Civil Veterinary Dept. North-West Frontier Province 1933-46 - 1933-1946
Year: 1933
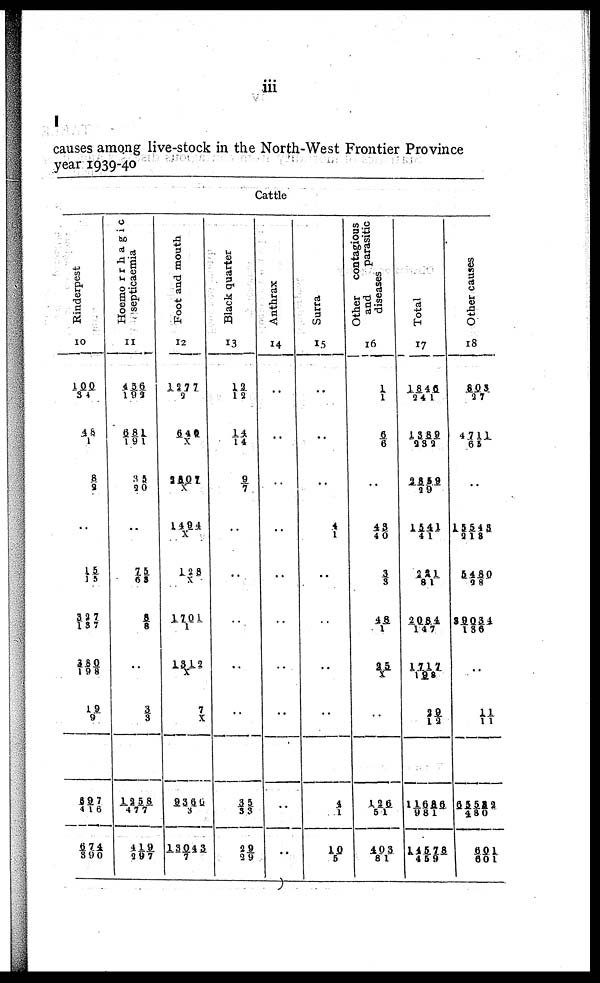
iii
I
causes among live-stock in the North-West Frontier Province
year 1939-40
Cattle
Rinderpest
10
100/34
48/1
8/2
15/13
327/137
380/198
19/9
897/416
674/390
Hoemorrhagic
septicaemia
11
456/192
681/191
35/20
..
75/68
8/8
3/3
1258/477
419/297
Foot and mouth
12
1277/2
640/ X
2807/X
1494/X
128/X
1701/1
1312/X
7/X
9366/3
13043/7
Black quarter
13
13/ 12
14/ 14
9/7
..
..
..
..
..
35/33
29/29
Anthrax
14
..
..
..
..
..
..
..
..
..
..
Surra
15
..
..
..
4/ 1
..
..
..
..
4/1
10/5
Other contagious
and
parasitic
diseases
16
1/1
6/6
..
43/ 40
3/ 3
48/ 1
25/X
..
126/51
403/81
Total
17
1846/241
1389/232
2859/29
1541/41
221/81
2084/147
1717/198
29/12
11636/981
14578/459
Other causes
18
803/27
4711/65
..
15543/218
5480/28
89034/136
..
11/11
65522/480
601/601